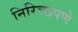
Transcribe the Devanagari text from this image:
निरिच्छपणे